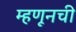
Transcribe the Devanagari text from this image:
म्हणूनची